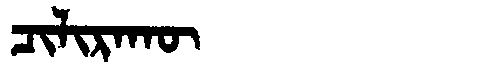
Manchu: ᠴᡳᠯᡳᡵᠠᡴᡡ
Romanization: CILIRAKŪ